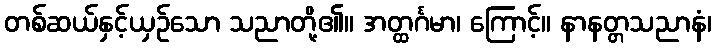
တစ်ဆယ်နှင့်ယှဉ်သော သညာတို့၏။ အတ္ထင်္ဂမာ၊ ကြောင့်။ နာနတ္တသညာနံ၊